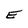
Character: E